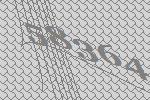
58364